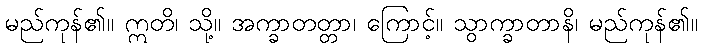
မည်ကုန်၏။ ဣတိ၊ သို့။ အက္ခာတတ္တာ၊ ကြောင့်။ သွာက္ခာတာနိ၊ မည်ကုန်၏။